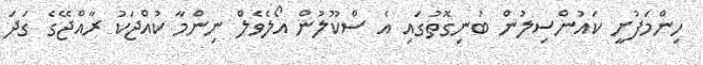
ހިންމަފުށީ ކައުންސިލުން ބުނިގޮތުގައި އެ ސްކޫލުން އޯލެވެލް ނިންމާ ކުއްޖަކު ރާއްޖޭގެ ގަދަ